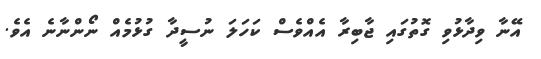
އޭނާ ވިދާޅުވި ގޮތުގައި ޖާބިރާ އެއްވެސް ކަހަލަ ނުސީދާ ގުޅުމެއް ނޯންނާނެ އެވެ.